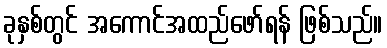
ခုနှစ်တွင် အကောင်အထည်ဖော်ရန် ဖြစ်သည်။